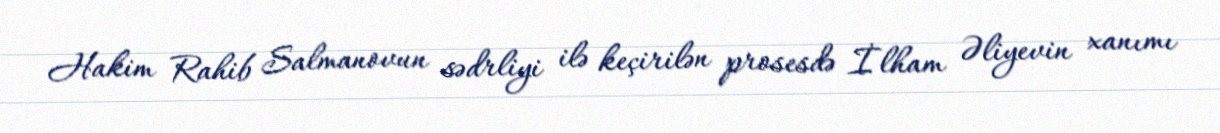
Hakim Rahib Salmanovun sədrliyi ilə keçirilən prosesdə İlham Əliyevin xanımı